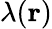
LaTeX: \lambda({\mathbf r})